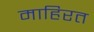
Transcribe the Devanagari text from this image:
माहिरत